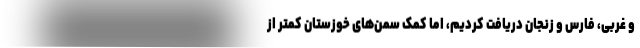
و غربی، فارس و زنجان دریافت کردیم، اما کمک سمن‌های خوزستان کمتر از